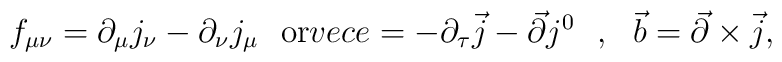
f_{\mu\nu}=\partial_\mu j_\nu-\partial_\nu j_\mu\ \ {\rm or}\ \\vec{e}=-\partial_\tau\vec{j}-\vec{\partial}j^0\ \ ,\ \ \vec{b}=\vec{\partial}\times\vec{j},